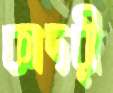
কাদরী